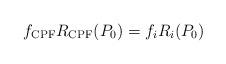
LaTeX: \begin{align*}f_{\mathrm{CPF}}R_{\mathrm{CPF}}(P_0)=f_iR_{i}(P_0)\end{align*}